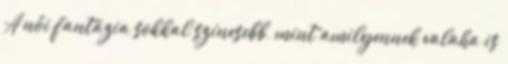
A női fantázia sokkal színesebb, mint amilyennek valaha is